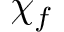
\chi _ { f }